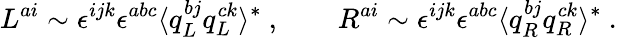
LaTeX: L^{ai}\sim\epsilon^{ijk}\epsilon^{abc}\langle q_{L}^{bj}q_{L}^{ck}\rangle^{*}\ ,\qquad R^{ai}\sim\epsilon^{ijk}\epsilon^{abc}\langle q_{R}^{bj}q_{R}^{ck}\rangle^{*}\ .